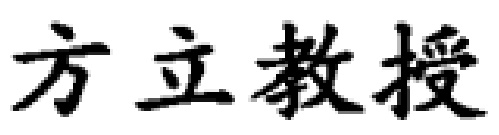
方立教授